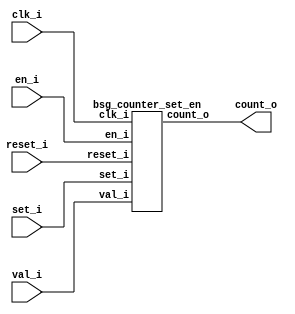
// This program was cloned from: https://github.com/chipsalliance/UHDM-integration-tests
// License: Apache License 2.0



module top
(
  clk_i,
  reset_i,
  set_i,
  en_i,
  val_i,
  count_o
);

  input [2:0] val_i;
  output [2:0] count_o;
  input clk_i;
  input reset_i;
  input set_i;
  input en_i;

  bsg_counter_set_en
  wrapper
  (
    .val_i(val_i),
    .count_o(count_o),
    .clk_i(clk_i),
    .reset_i(reset_i),
    .set_i(set_i),
    .en_i(en_i)
  );


endmodule



module bsg_counter_set_en
(
  clk_i,
  reset_i,
  set_i,
  en_i,
  val_i,
  count_o
);

  input [2:0] val_i;
  output [2:0] count_o;
  input clk_i;
  input reset_i;
  input set_i;
  input en_i;
  wire [2:0] count_o;
  wire N0,N1,N4,N5,N6,N8,N9,N10,N11,N12,N13,N14,N15,N2,N3,N7;
  reg count_o_2_sv2v_reg,count_o_1_sv2v_reg,count_o_0_sv2v_reg;
  assign count_o[2] = count_o_2_sv2v_reg;
  assign count_o[1] = count_o_1_sv2v_reg;
  assign count_o[0] = count_o_0_sv2v_reg;
  assign { N6, N5, N4 } = count_o + 1'b1;
  assign N10 = (N0)? 1'b1 : 
               (N7)? 1'b1 : 
               (N3)? 1'b0 : 1'b0;
  assign N0 = set_i;
  assign { N11, N9, N8 } = (N0)? val_i : 
                           (N7)? { N6, N5, N4 } : 1'b0;
  assign N1 = N15;
  assign N12 = ~reset_i;
  assign N13 = ~set_i;
  assign N14 = N12 & N13;
  assign N15 = en_i & N14;
  assign N2 = en_i | set_i;
  assign N3 = ~N2;
  assign N7 = en_i & N13;

  always @(posedge clk_i) begin
    if(reset_i) begin
      count_o_2_sv2v_reg <= 1'b0;
      count_o_1_sv2v_reg <= 1'b0;
      count_o_0_sv2v_reg <= 1'b0;
    end else if(N10) begin
      count_o_2_sv2v_reg <= N11;
      count_o_1_sv2v_reg <= N9;
      count_o_0_sv2v_reg <= N8;
    end 
  end


endmodule